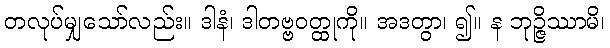
တလုပ်မျှသော်လည်း။ ဒါနံ၊ ဒါတဗ္ဗဝတ္ထုကို။ အဒတွာ၊ ၍။ န ဘုဉ္ဇိဿာမိ၊